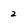
Character: 2